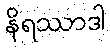
နိရဿာဒါ